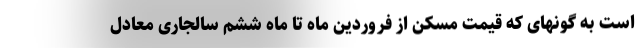
است به گونهای که قیمت مسکن از فروردین ماه تا ماه ششم سالجاری معادل